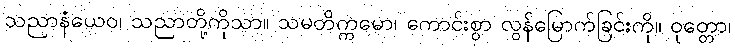
သညာနံယေဝ၊ သညာတို့ကိုသာ။ သမတိက္ကမော၊ ကောင်းစွာ လွန်မြောက်ခြင်းကို။ ဝုတ္တော၊